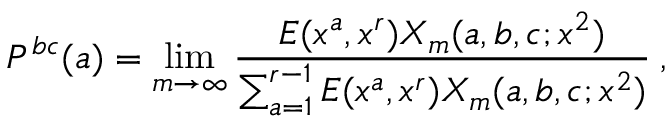
P ^ { b c } ( a ) = \operatorname * { l i m } _ { m \to \infty } \frac { E ( x ^ { a } , x ^ { r } ) X _ { m } ( a , b , c ; x ^ { 2 } ) } { \sum _ { a = 1 } ^ { r - 1 } E ( x ^ { a } , x ^ { r } ) X _ { m } ( a , b , c ; x ^ { 2 } ) } \: ,